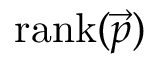
\mathrm { r a n k } ( \vec { p } )